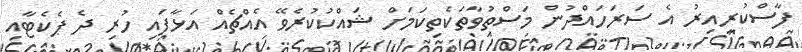
ފާސްކުރިއިރު އެ ސަރަހައްދުން މަސްތުވާތަކެތިކަމަށް ޝައްކުކުރެވޭ އެއްޗެއް އަޅާފައި ހުރި ދެ ޕެކެޓާއި